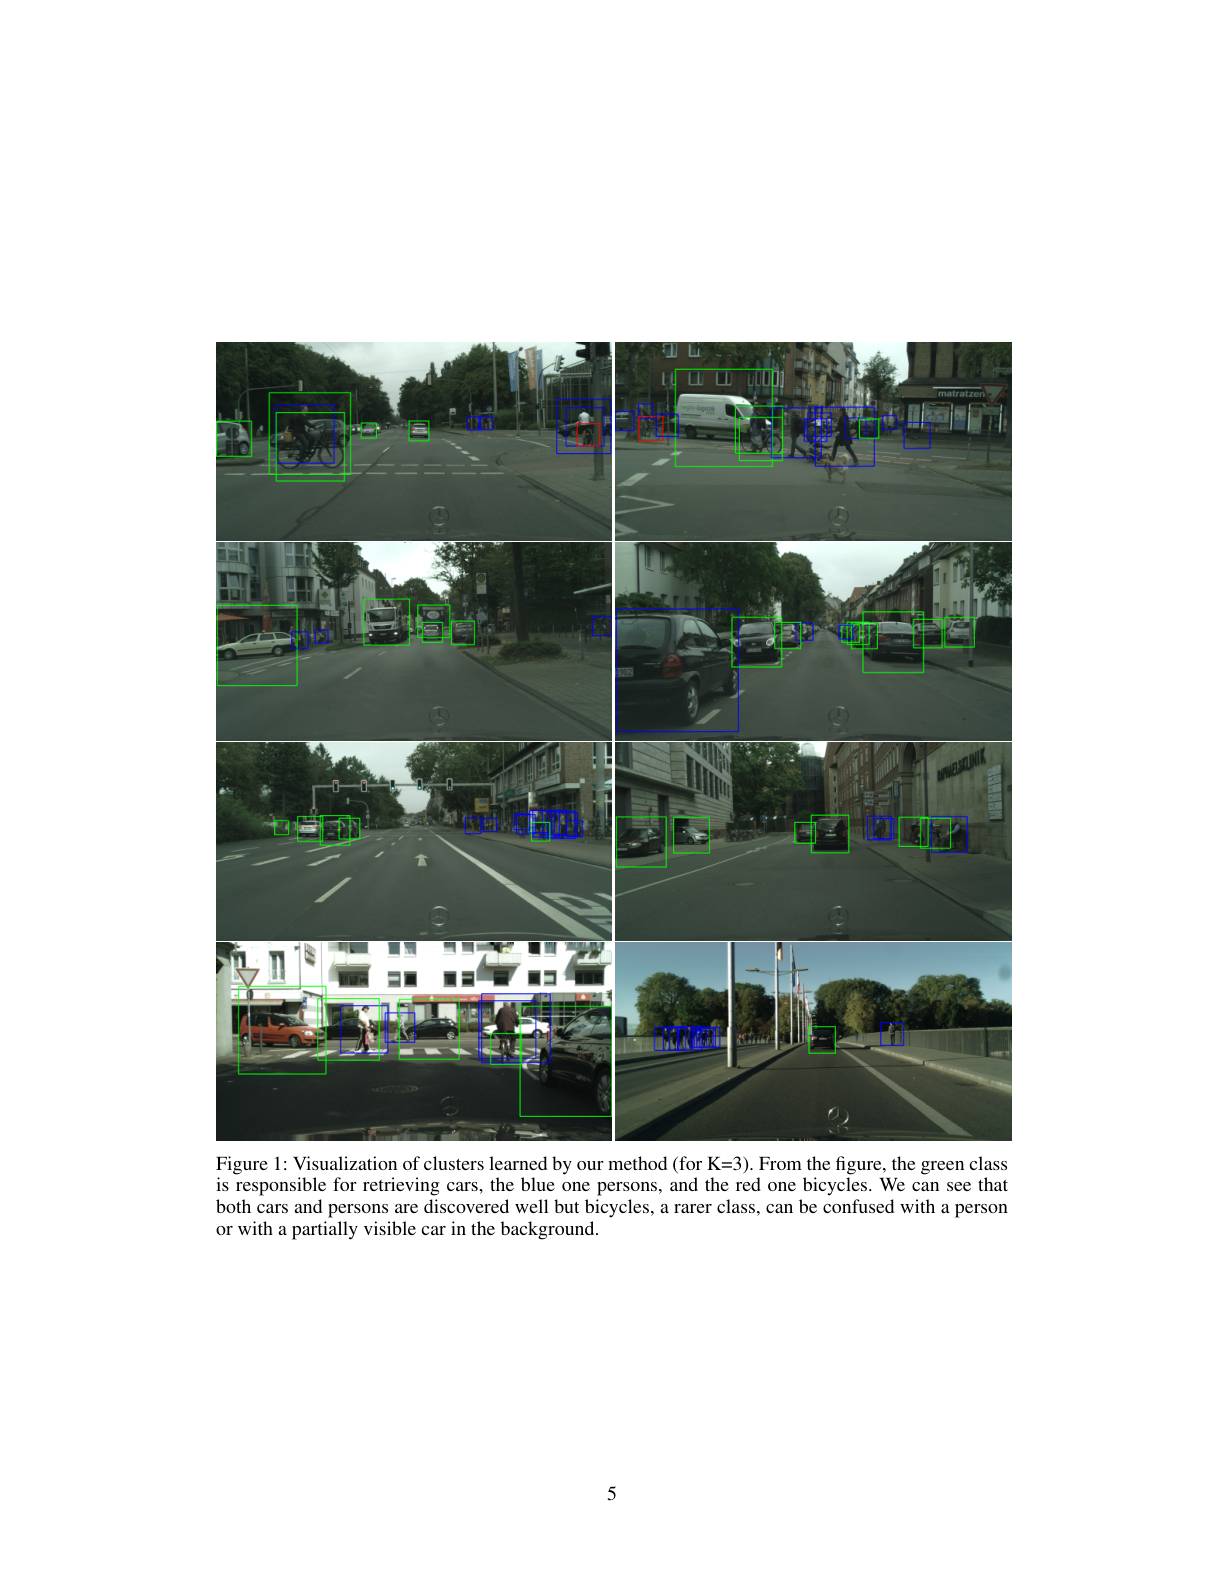
<FigureHere>
1:
our
$figure$,
green

is responsible for retrieving cars, the blue one persons, and the red one bicycles. We can see that both cars and persons are discovered well but bicycles, a rarer class, can be confused with a person or with a partially visible car in the background.

5